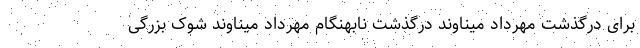
برای درگذشت مهرداد میناوند درگذشت نابهنگام مهرداد میناوند شوک بزرگی